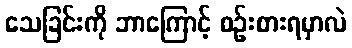
သေခြင်းကို ဘာကြောင့် စဉ်းစားရမှာလဲ